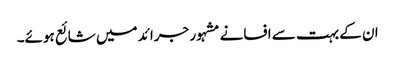
ان کے بہت سے افسانے مشہور جرائد میں شائع ہوئے۔